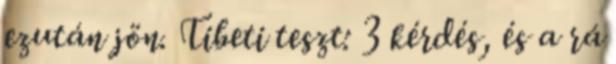
ezután jön. Tibeti teszt: 3 kérdés, és a rá